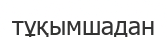
тұқымшадан